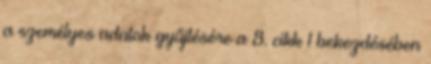
a személyes adatok gyűjtésére a 8. cikk 1 bekezdésében